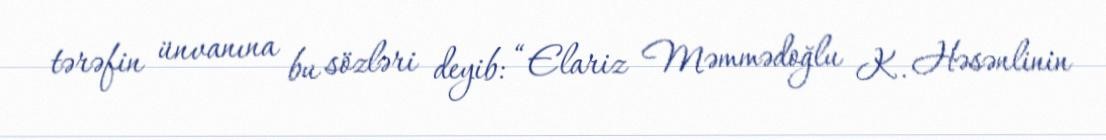
tərəfin ünvanına bu sözləri deyib: “Elariz Məmmədoğlu K. Həsənlinin